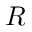
R